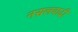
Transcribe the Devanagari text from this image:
नसलवादी